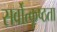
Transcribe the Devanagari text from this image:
सर्वोत्कृष्ठता